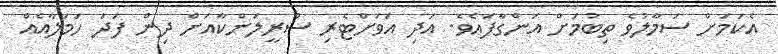
އެކަމަށް ސަމާލުވެ ތިބުމަށް އަންގާފައެވެ. އަދި އަވަށްޓެރި ސްރީލަންކާއަށް ދިން ފަދަ ހަމަލާއެއް